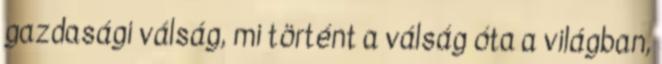
gazdasági válság, mi történt a válság óta a világban,